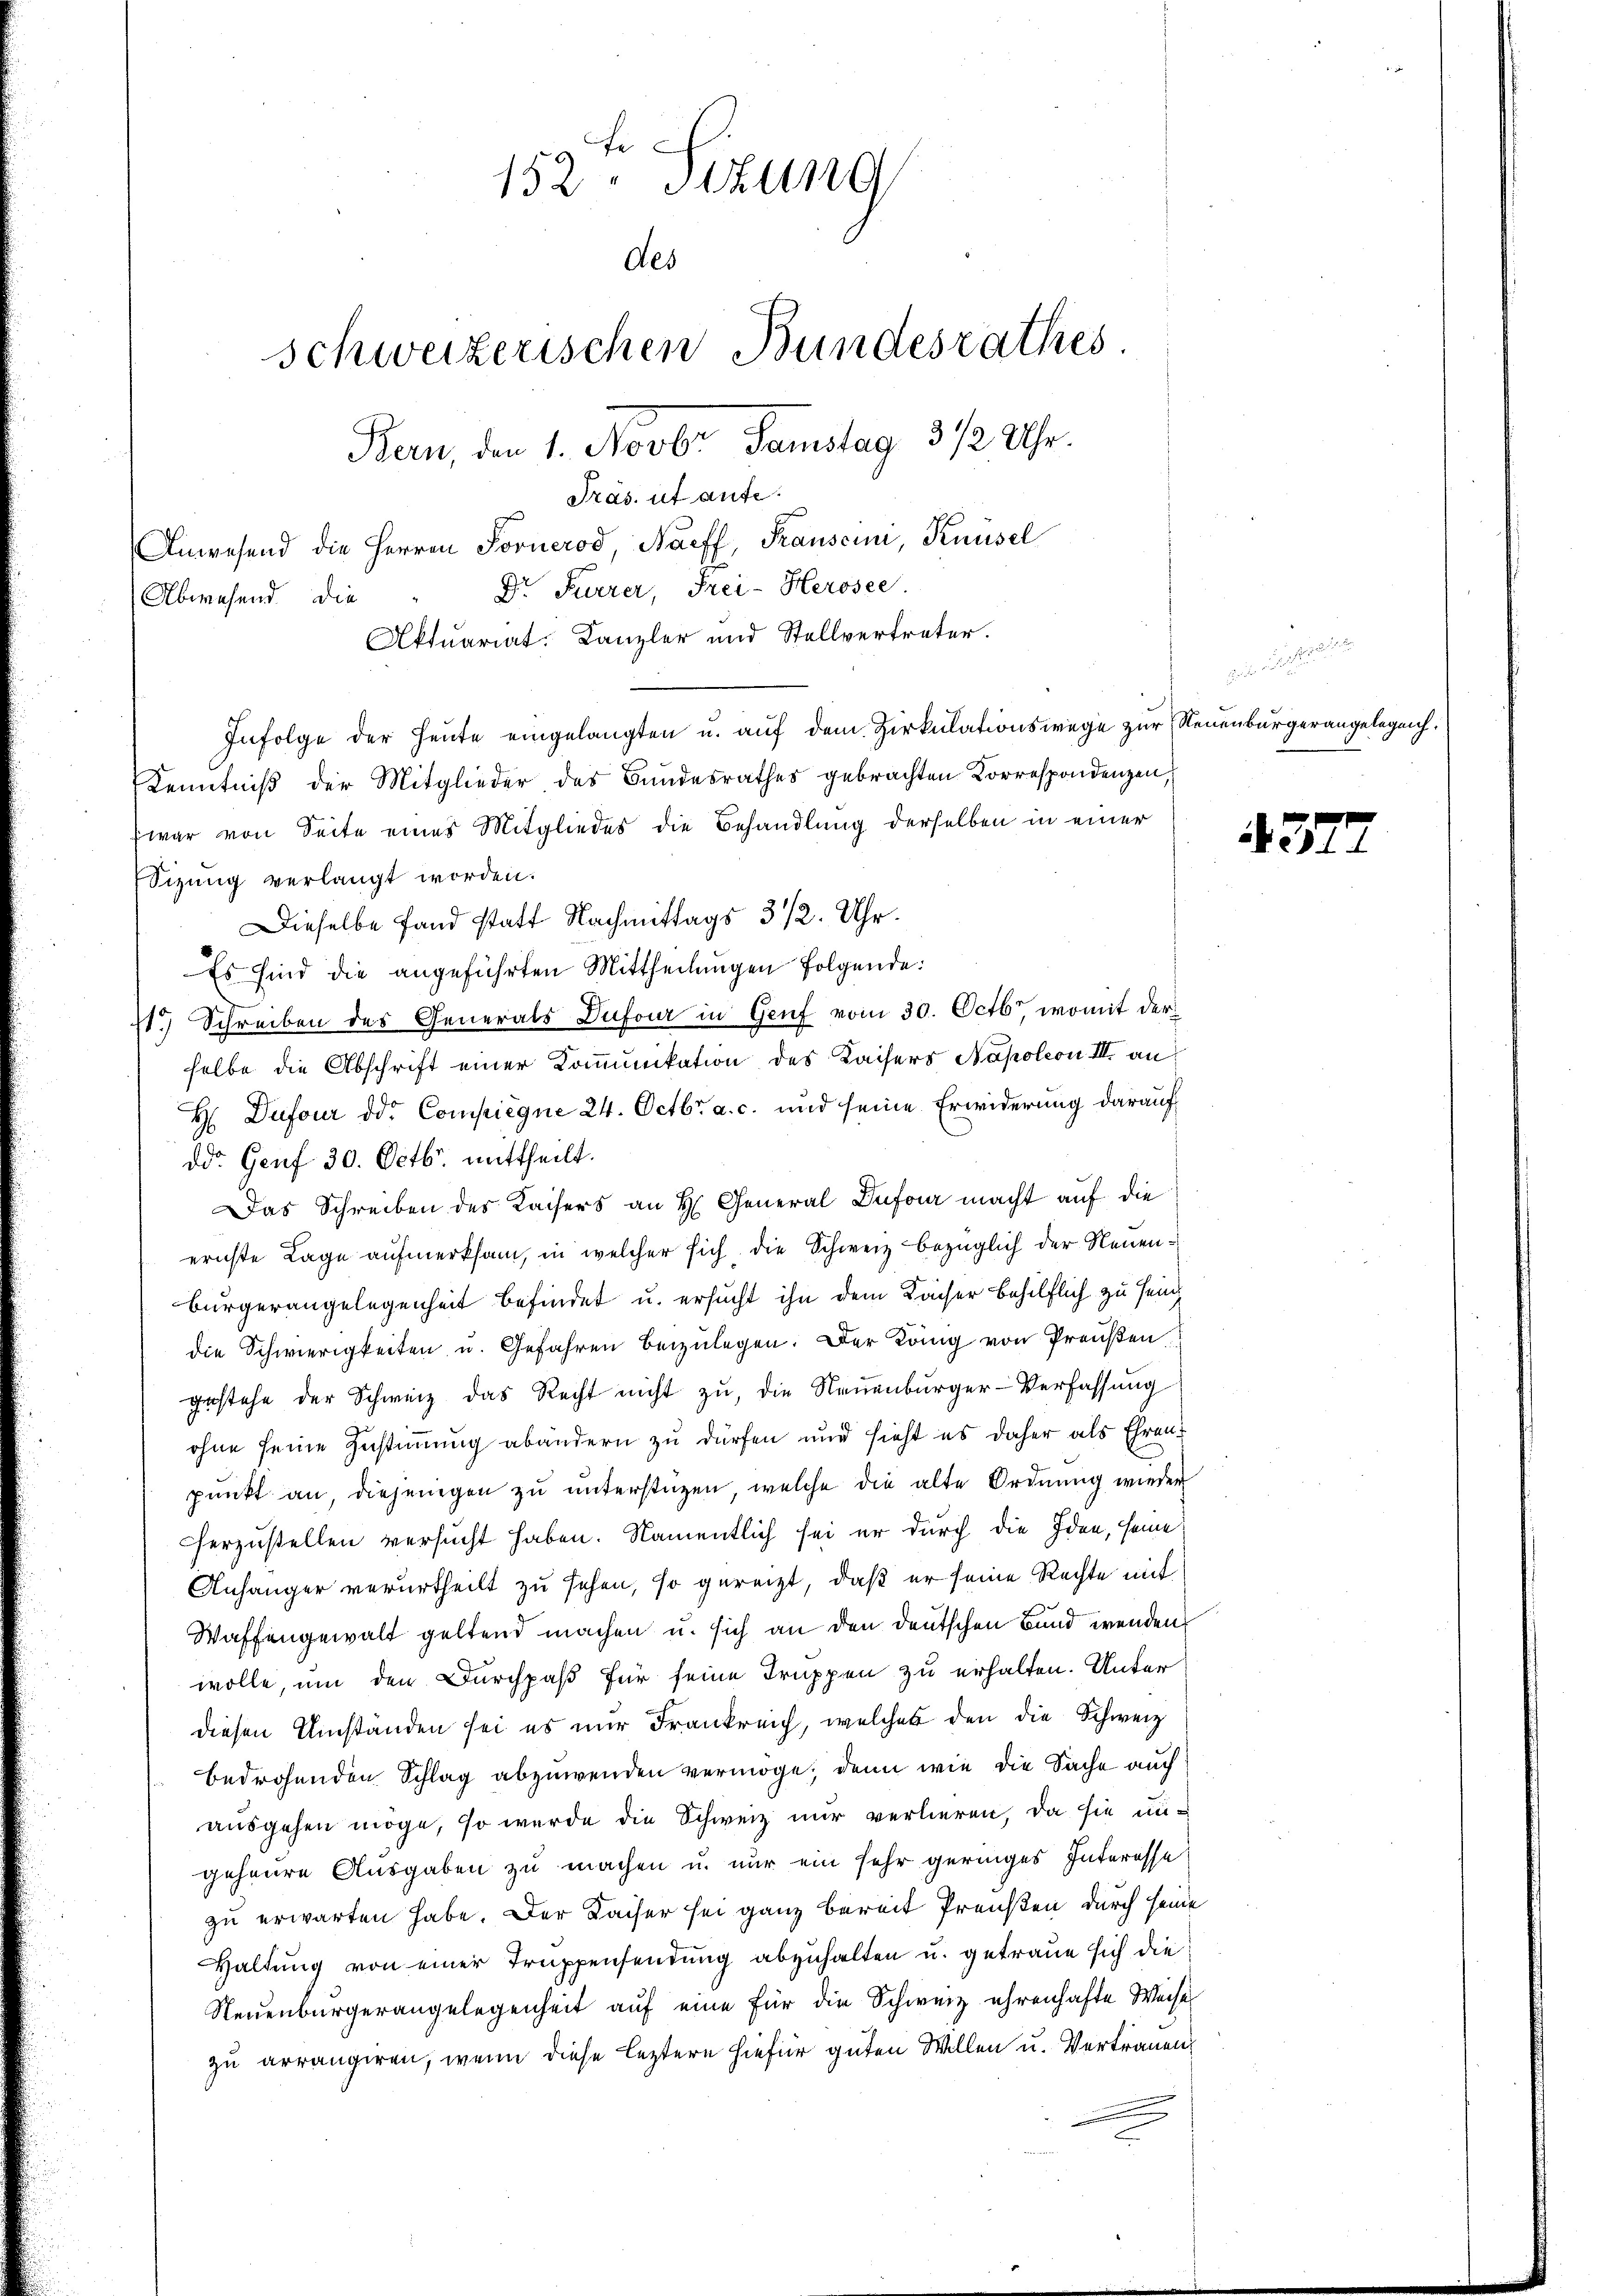
152. Sizung
des
schweizerischen Bundesrathes.
Bern, den 1. Novbr. Samstag 312 Uhr.
Präs. ut aufe.
Anwesend die Herren Fornerod, Naeff, Franscini, Knüsel

war von Seite eines Mitgliedes die Behandlung derselben in einer
Sitzung verlangt worden.
Dieselbe fand statt Nachmittags 3 1/2 Uhr.
Es sind die angeführten Mittheilungen folgende:
s.) Schreiben des Generals Dufour in Genf vom 30. Octbr, womit der
selbe die Abschrift einer Kommunikation des Kaisers Napoleon III an
H Dufour od. Compiegne 24. Octbr. a. c. und seine Erwiderung darauf
Dd. Genf 30. Octbr. mittheilt.
Das Schreiben des Kaisers an H. General Dufour macht auf die
ernste Lage aufmerksam, in welcher sich die Schweiz bezüglich der Neuenbürgerangelegenheit befindet u. ersucht ihn dem Kaiser behilflich zu sein
die Schwierigkeiten u. Gefahren beizulegen. Der König von Preußen.
gestehe der Schweiz das Recht nicht zu, die Neuenburger-Verfassung
ohne seine Zustimmung abandern zu dürfen und sieht es daher als Ehren
punkt an, diejenigen zu unterstüzen, welche die alte Ordnung wieder
cherzustellen versucht haben. Namentlich sei er durch die Iden, seine
Anhänger verurtheilt zu sehen, so gereizt, daß er seine Rechte mit
Waffengewalt geltend machen u. sich an den deutschen Bund wenden
wolle, um den Durchpaß für seine Truppen zu erhalten. Unter
diesen Umständen sei es nur Frankreich, welches den die Schweiz
bedrohenden Schlag abzuwenden vermöge; denn wie die Sache auch
ausgehen möge, so wurde die Schweiz nur verlieren, da sie ungeheure Ausgaben zu machen u. nur ein sehr geringes Interesse
zu erwarten habe. Der Kaiser sei ganz bereit Preisen durch seine
Haltung von einer Truppensendung abzuhalten u. getraue sich die
Neuenburgerangelegenheit auf eine für die Schweiz ehrenhafte Weise
zu arrangiren, wenn diese leztere hiefür guten Willen u. Vertrauen,

Abwesend die

Dr Furrer, Frei-Herosee.
Aktuariat. Kanzler und Stellvertreter.
Kenntniß der Mitglieder des Bundesrathes gebrachten Korrespondenzen,

Infolge der Heute eingelangten u. auf dem Zirkulationswege zur Neuenburgerangelegenh

437.